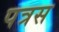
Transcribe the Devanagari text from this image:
पत्रस